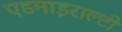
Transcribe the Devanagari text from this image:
एडमाइराल्टी